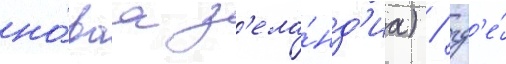
но́ваа з'ела́нд'иа) / гд'е́